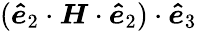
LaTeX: (\boldsymbol{\hat{e}}_{2}\cdot\boldsymbol{H}\cdot\boldsymbol{\hat{e}}_{2})\cdot\boldsymbol{\hat{e}}_{3}